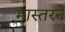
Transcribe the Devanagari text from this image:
मास्तरने